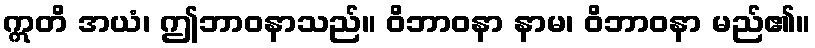
ဣတိ အယံ၊ ဤဘာဝနာသည်။ ဝိဘာဝနာ နာမ၊ ဝိဘာဝနာ မည်၏။